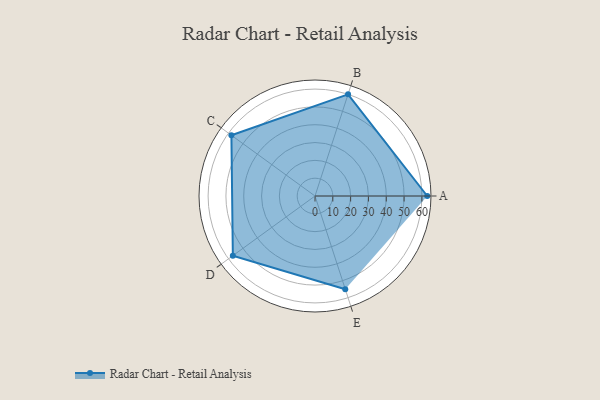
{"axis": {"x": "Skill", "y": "Score"}, "legend": ["Profile"], "data": [{"x": "A", "y": 63.0, "type": "Profile"}, {"x": "B", "y": 60.0, "type": "Profile"}, {"x": "C", "y": 58.0, "type": "Profile"}, {"x": "D", "y": 57.0, "type": "Profile"}, {"x": "E", "y": 55.0, "type": "Profile"}]}